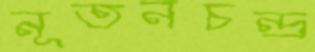
নূতনচন্দ্র